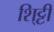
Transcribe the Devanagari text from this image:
शि्ट्टी